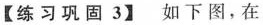
【练习巩固3】如下图，在